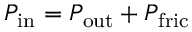
P _ { \mathrm { i n } } = P _ { \mathrm { o u t } } + P _ { \mathrm { f r i c } }